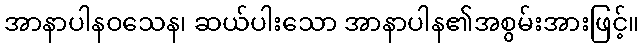
အာနာပါနဝသေန၊ ဆယ်ပါးသော အာနာပါန၏အစွမ်းအားဖြင့်။